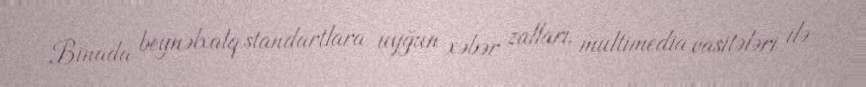
Binada beynəlxalq standartlara uyğun xəbər zalları, multimedia vasitələri ilə